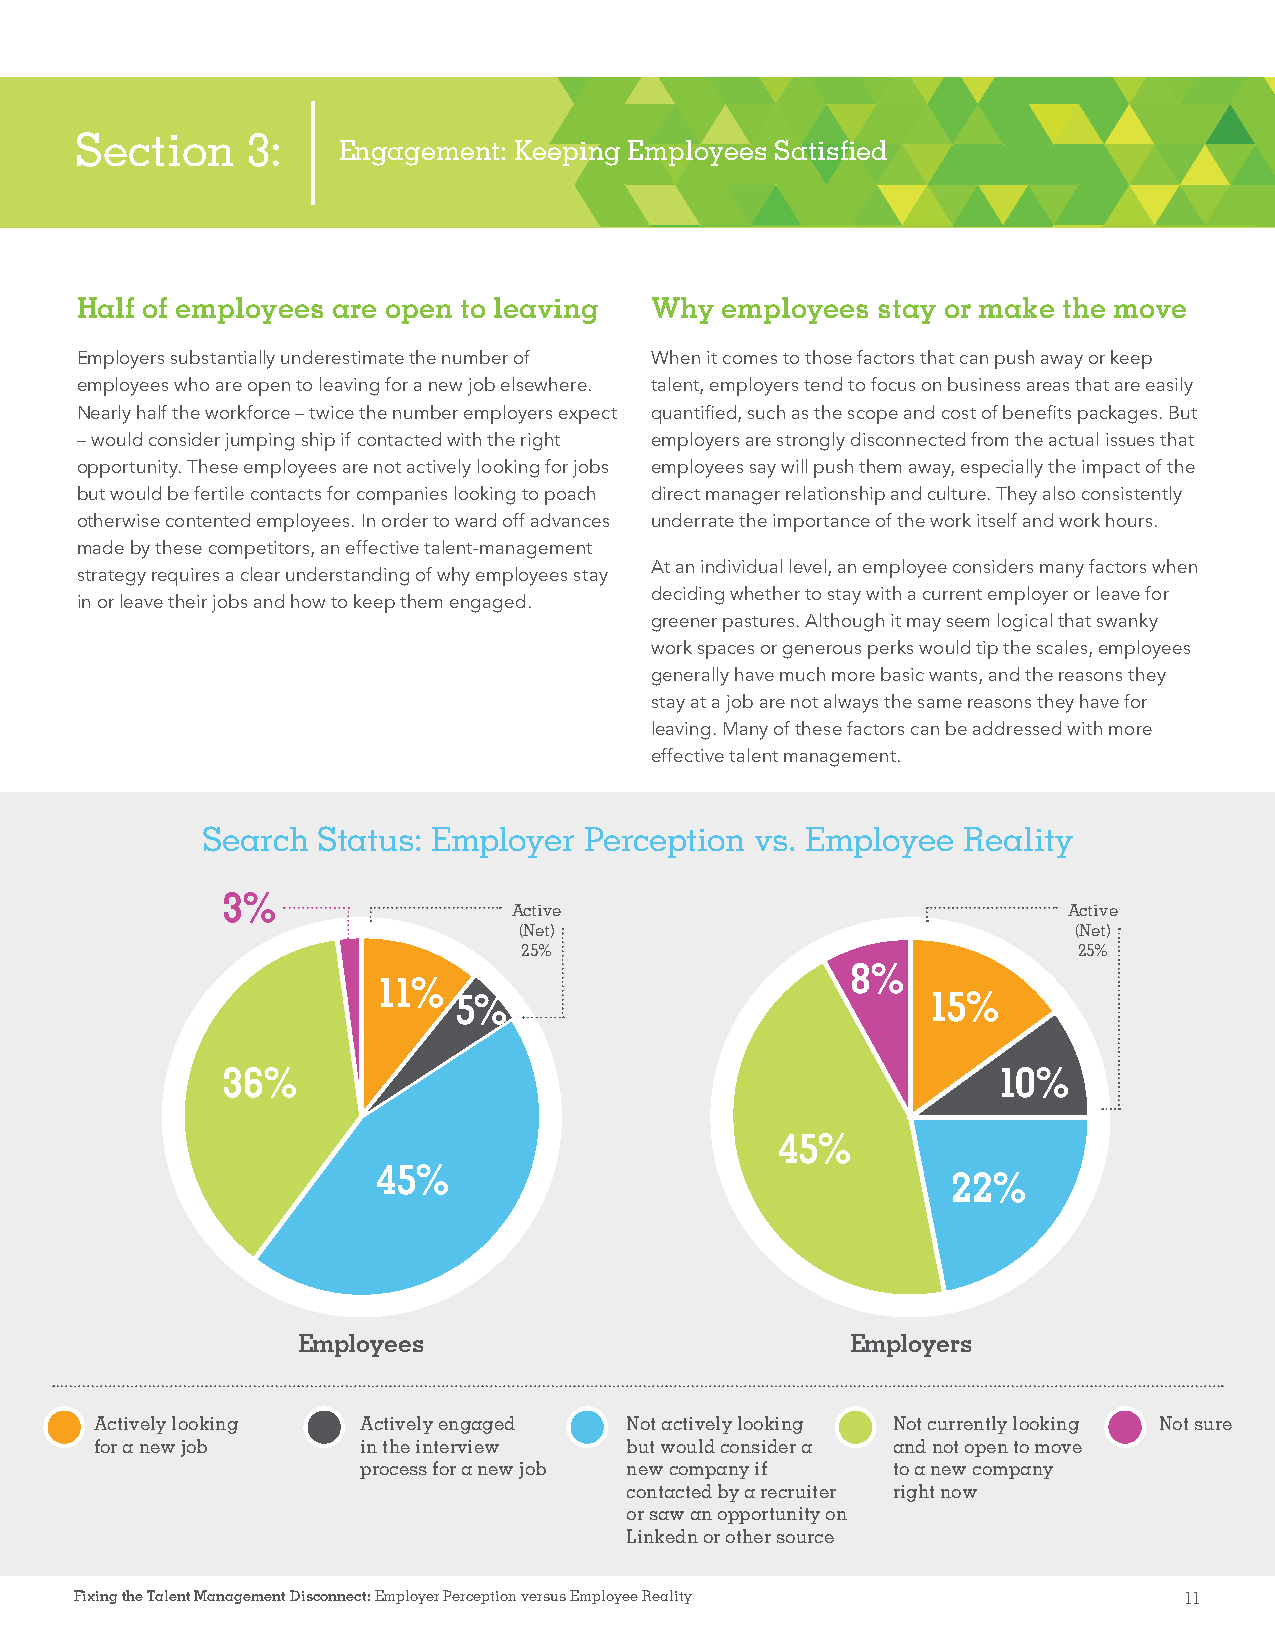
Section    3:
 Engagement: Keeping Employees Satisfi ed
 Half of employees are open to leaving Why  employees stay or make the move
 Employers substantially underestimate the number of When it comes to those factors that can push away or keep
 employees who are open to leaving for a new job elsewhere. talent, employers tend to focus on business areas that are easily
 Nearly half the workforce – twice the number employers expect quantifi ed, such as the scope and cost of benefi ts packages. But
 – would consider jumping ship if contacted with the right employers are strongly disconnected from the actual issues that
 opportunity. These employees are not actively looking for jobs employees say will push them away, especially the impact of the
 but would be fertile contacts for companies looking to poach direct manager relationship and culture. They also consistently
 otherwise contented employees. In order to ward off advances underrate the importance of the work itself and work hours.
 made by these competitors, an effective talent-management
 At an individual level, an employee considers many factors when
 strategy requires a clear understanding of why employees stay
 deciding whether to stay with a current employer or leave for
 in or leave their jobs and how to keep them engaged.
 greener pastures. Although it may seem logical that swanky
 work spaces or generous perks would tip the scales, employees
 generally have much more basic wants, and the reasons they
 stay at a job are not always the same reasons they have for
 leaving. Many of these factors can be addressed with more
 effective talent management.
 Search  Status: Employer  Perception vs. Employee  Reality
 3%
 Active                               Active
 (Net)                                (Net)
 25%                                 25%
 8%
 11%
 5%                             15%
 36%                                                10%
 45%
 45%
 22%
 Employees                           Employers
 Actively looking  Actively engaged Not actively looking Not currently looking Not sure
 for a new job     in the interview but would consider a and not open to move
 process for a new job new company if to a new company
 contacted by a recruiter right now
 or saw an opportunity on
 Linkedn or other source
 Fixing the Talent Management Disconnect: Employer Perception versus Employee Reality 11